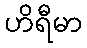
ဟိရီမာ